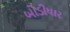
બોડીધાર